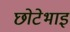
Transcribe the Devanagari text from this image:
छोटेभाइ